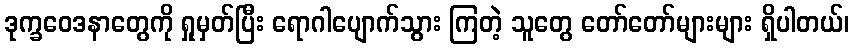
ဒုက္ခဝေဒနာတွေကို ရှုမှတ်ပြီး ရောဂါပျောက်သွား ကြတဲ့ သူတွေ တော်တော်များများ ရှိပါတယ်၊